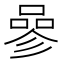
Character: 𠻝